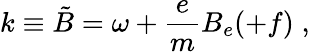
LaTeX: k\equiv\tilde{B}=\omega+\frac{e}{m}B_{e}(+f)\; ,